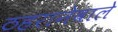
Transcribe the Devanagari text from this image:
ठहरानेवाले